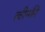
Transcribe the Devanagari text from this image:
त्वीन्की